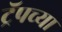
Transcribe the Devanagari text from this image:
ट्रॅपच्या